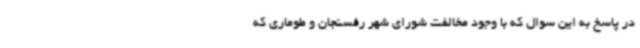
در پاسخ به این سوال که با وجود مخالفت شورای شهر رفسنجان و طوماری که